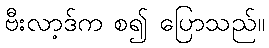
ဗီးလာ့ဒ်က စ၍ ပြောသည်။